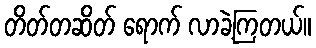
တိတ်တဆိတ် ရောက် လာခဲ့ကြတယ်။